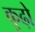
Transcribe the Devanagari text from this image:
कुढ़ो